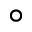
^ \circ